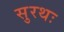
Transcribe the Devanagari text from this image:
सुरथः